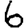
Digit: 6